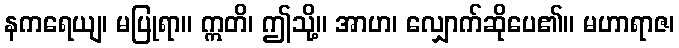
နကရေယျ၊ မပြုရာ။ ဣတိ၊ ဤသို့။ အာဟ၊ လျှောက်ဆိုပေ၏။ မဟာရာဇ၊